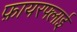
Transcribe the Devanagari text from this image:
फ़ायरफ्लाई